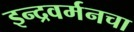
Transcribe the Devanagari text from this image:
इन्द्रवर्मनचा